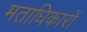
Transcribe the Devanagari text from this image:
मताधिकारों